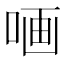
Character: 𠵾